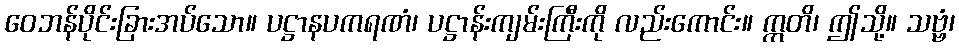
ဝေဘန်ပိုင်းခြားအပ်သော။ ပဋ္ဌာနပကရဏံ၊ ပဋ္ဌာန်းကျမ်းကြီးကို လည်းကောင်း။ ဣတိ၊ ဤသို့။ သဗ္ဗံ၊